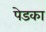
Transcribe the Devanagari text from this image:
पेडका